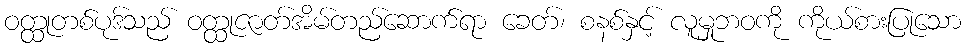
ဝတ္ထုတစ်ပုဒ်သည် ဝတ္ထုဇာတ်အိမ်တည်ဆောက်ရာ ခေတ်၊ စနစ်နှင့် လူမှုဘဝကို ကိုယ်စားပြုသော